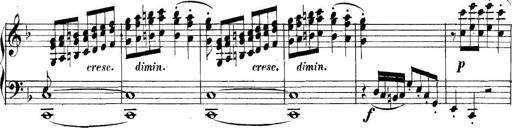
Title: Collected Piano Sonatas
Composer: Muzio Clementi